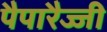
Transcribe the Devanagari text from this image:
पैपारैज्जी